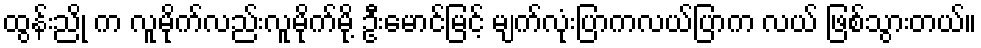
ထွန်းညို က လူမိုက်လည်းလူမိုက်မို့ ဦးမောင်မြင့် မျက်လုံးပြာကလယ်ပြာက လယ် ဖြစ်သွားတယ်။